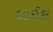
લાઈકા